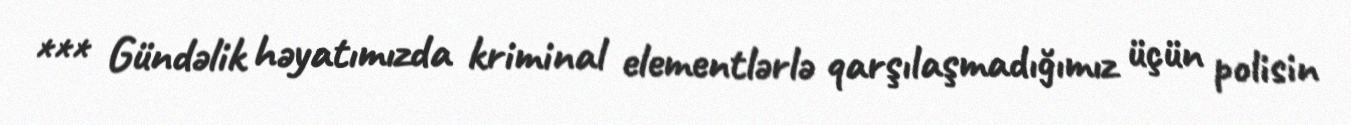
*** Gündəlik həyatımızda kriminal elementlərlə qarşılaşmadığımız üçün polisin